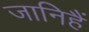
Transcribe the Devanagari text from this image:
जानिहैं